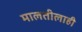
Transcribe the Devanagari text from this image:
मालतीलाही